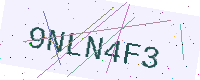
Text: 9NLN4F3